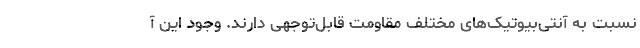
نسبت به آنتی‌بیوتیک‌های مختلف مقاومت قابل‌توجهی دارند. وجود این آ